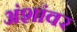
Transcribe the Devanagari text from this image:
अंशांवर